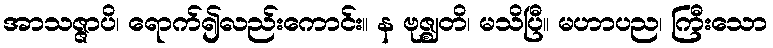
အာသဇ္ဇာပိ၊ ရောက်၍လည်းကောင်း။ န ဗုဇ္ဈတိ၊ မသိပြီ။ မဟာပည၊ ကြီးသော